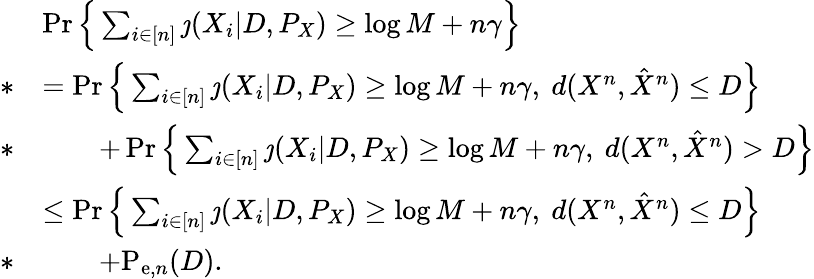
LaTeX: \begin{array}{rl}&{\operatorname*{Pr}\Big\{ \sum_{i\in[n]}\jmath(X_{i}|D,P_{X})\geq\log M+n\gamma\Big\} }\\ {*}&{=\operatorname*{Pr}\Big\{ \sum_{i\in[n]}\jmath(X_{i}|D,P_{X})\geq\log M+n\gamma,~d(X^{n},\hat{X}^{n})\leq D\Big\} }\\ {*}&{\qquad+\operatorname*{Pr}\Big\{ \sum_{i\in[n]}\jmath(X_{i}|D,P_{X})\geq\log M+n\gamma,~d(X^{n},\hat{X}^{n})>D\Big\} }\\ &{\leq\operatorname*{Pr}\Big\{ \sum_{i\in[n]}\jmath(X_{i}|D,P_{X})\geq\log M+n\gamma,~d(X^{n},\hat{X}^{n})\leq D\Big\} }\\ {*}&{\qquad+\mathrm{P}_{\mathrm{e},n}(D).}\end{array}